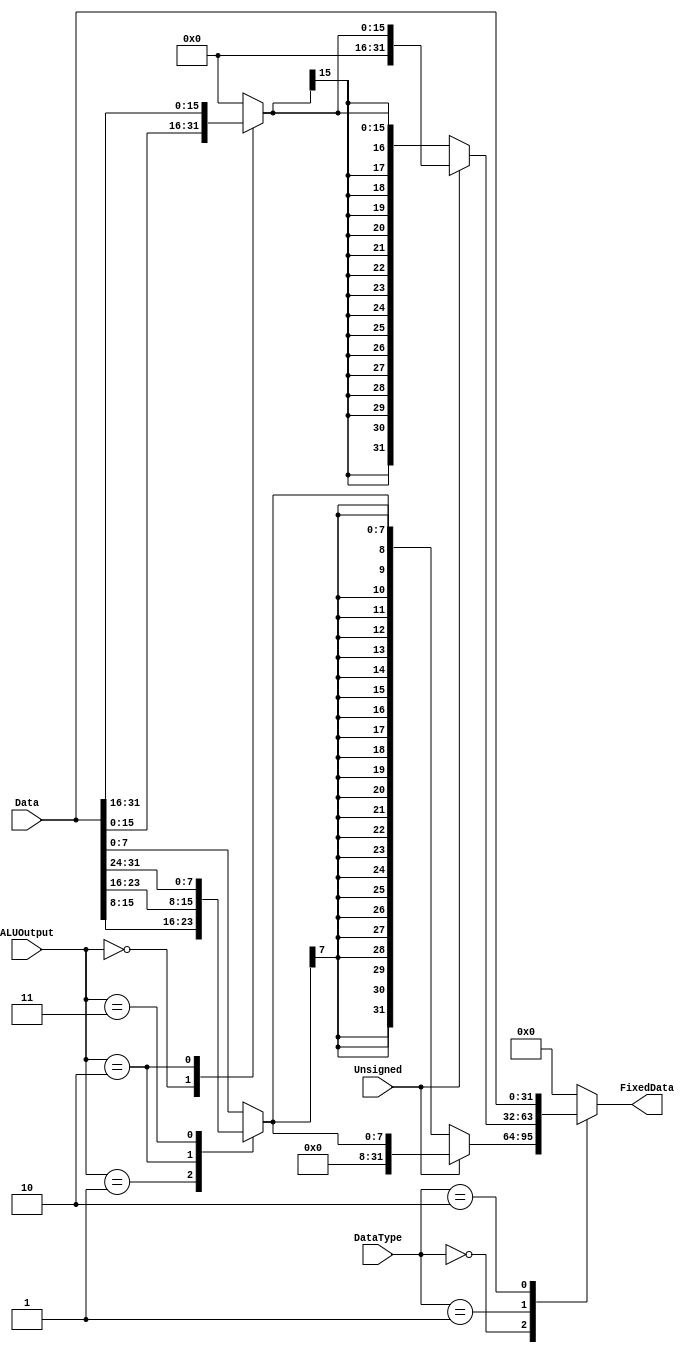
module LoadLogic(
    input [31:0]        Data,
    input [1:0]         ALUOutput,
    input [1:0]         DataType,
    input               Unsigned,
    output reg [31:0]   FixedData
);

reg [7:0] Byte0;
reg [7:0] Byte1;
reg [7:0] Byte2;
reg [7:0] Byte3;
reg [15:0] Half0;
reg [15:0] Half1;
reg [7:0] Byte;
reg [15:0] Half;
reg [31:0] Word;

always@(*)begin
    Byte0 = Data[7:0];
    Byte1 = Data[15:8];
    Byte2 = Data[23:16];
    Byte3 = Data[31:24];
    Half0 = Data[15:0];
    Half1 = Data[31:16];
    Word = Data;
    case(DataType)
        0:begin
            case (ALUOutput)
                0:begin 
                    Byte = Byte0;
                end
                1: begin
                    Byte = Byte1;
                    
                end
                
                2: begin
                    Byte = Byte2;
                end
                
                3: begin
                    Byte = Byte3;
                end
                default:begin
                    Byte = 0;
                end 
            endcase
            if (Unsigned == 0) begin
                FixedData = {{24{Byte[7]}},Byte};
            end else begin
                FixedData = {24'b0,Byte};
            end
        end
        1:begin
            case (ALUOutput)
                0: begin
                    Half = Half0;
                end
                
                2: begin
                    Half = Half1;
                end
                
                default: begin
                    Half = 0;
                end
            endcase
            if (Unsigned == 0) begin
                FixedData = {{16{Half[15]}},Half};
            end else begin
                FixedData = {16'b0,Half};
            end
        end
        2:begin
            FixedData = Word;
        end
        default:begin
            FixedData = 0;
        end
    endcase

end
endmodule